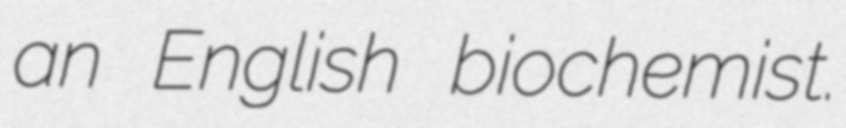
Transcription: an English biochemist.